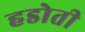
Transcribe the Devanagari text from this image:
हडोती